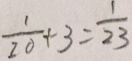
\frac { 1 } { 2 0 } + 3 = \frac { 1 } { 2 3 }